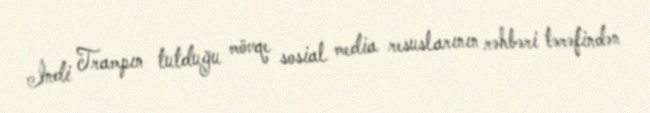
İndi Trampın tutduğu mövqe sosial media resuslarının rəhbəri tərəfindən